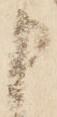
申